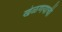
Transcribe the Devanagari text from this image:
खेळणयाची